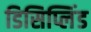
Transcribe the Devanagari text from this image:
डिसिप्लिंड